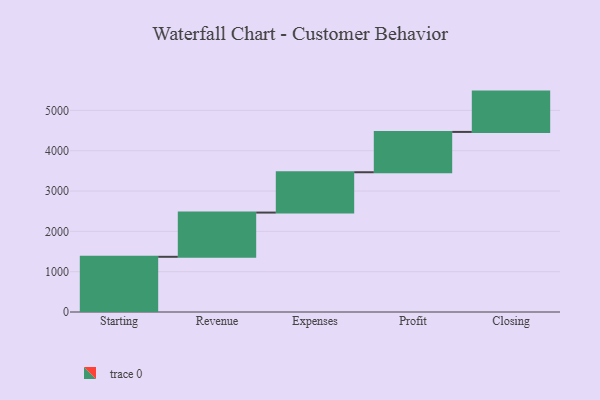
{"axis": {"x": "Step", "y": "Value"}, "legend": [""], "data": [{"x": "Starting", "y": 1369.0, "type": ""}, {"x": "Revenue", "y": 1097.0, "type": ""}, {"x": "Expenses", "y": 1000, "type": ""}, {"x": "Profit", "y": 1000, "type": ""}, {"x": "Closing", "y": 1000, "type": ""}]}